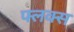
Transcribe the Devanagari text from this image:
फ्लक्‍स